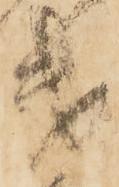
第